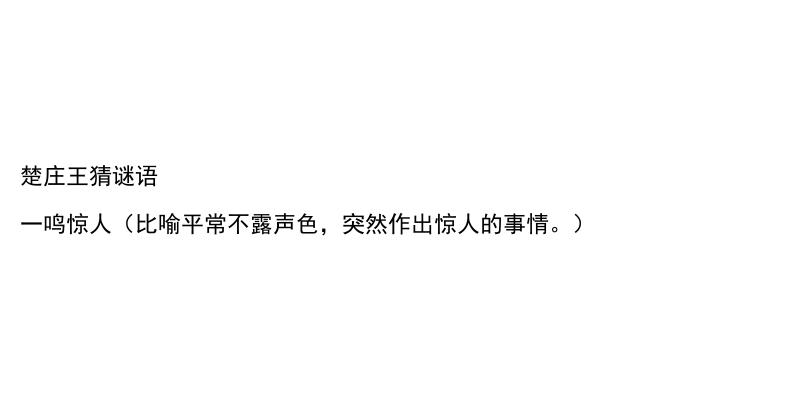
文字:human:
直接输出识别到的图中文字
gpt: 楚庄王猜谜语 一鸣惊人（比喻平常不露声色，突然作出惊人的事情。）